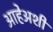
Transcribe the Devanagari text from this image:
आहेअशी